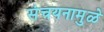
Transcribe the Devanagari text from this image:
संचयनामुळे